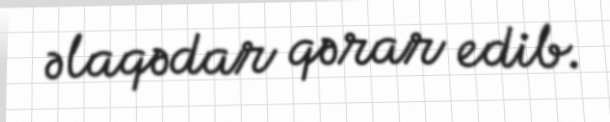
əlaqədar qərar edib.